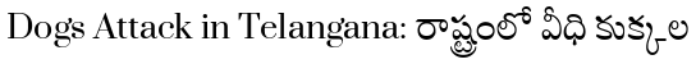
Dogs Attack in Telangana: రాష్ట్రంలో వీధి కుక్కల